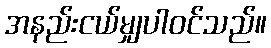
အနည်းငယ်မျှပါဝင်သည်။